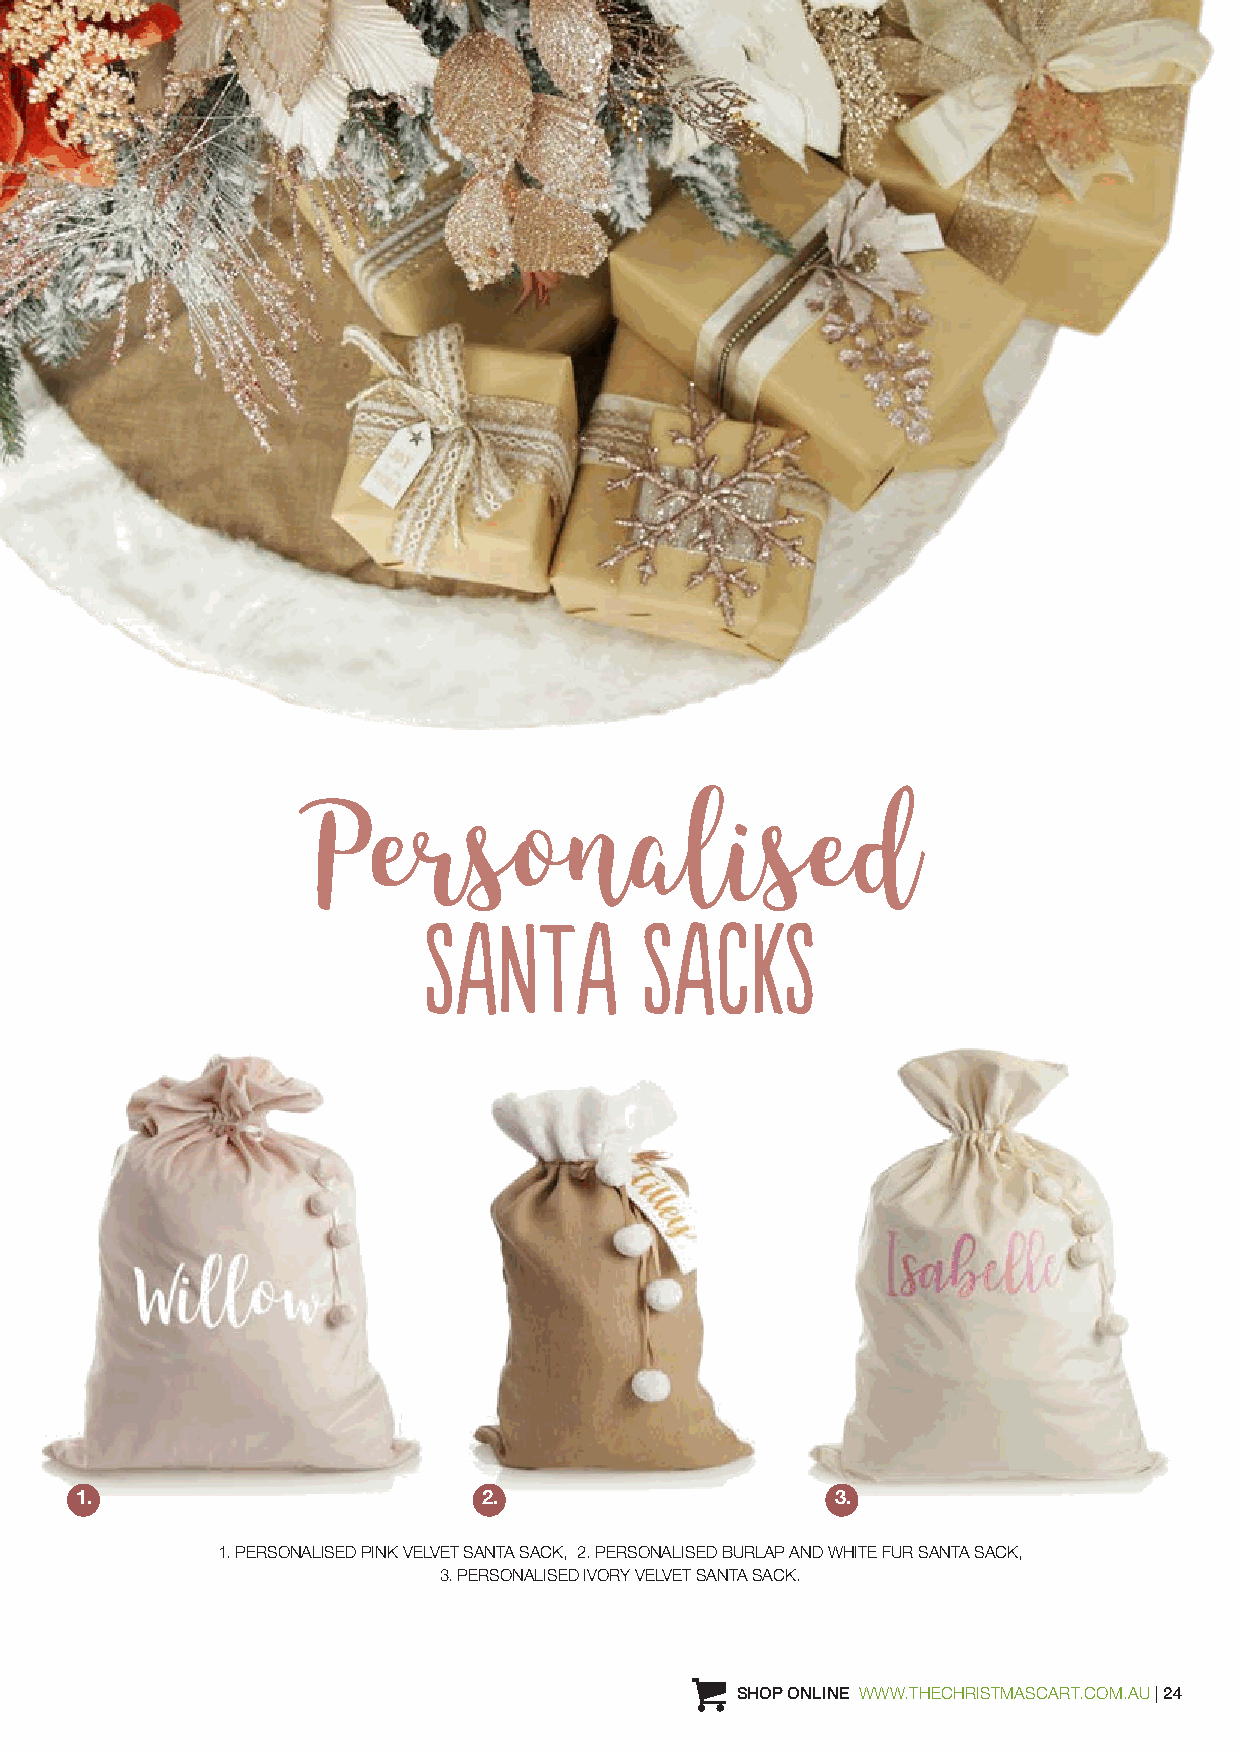
Personalised
 Burlap & Fur Tree Skirt
 SANTA         SACKS
 1.                         2.                     3.
 1. PERSONALISED PINK VELVET SANTA SACK, 2. PERSONALISED BURLAP AND WHITE FUR SANTA SACK,
 3. PERSONALISED IVORY VELVET SANTA SACK.
 PERSONALISED JUTE MERRY CHRISTMAS HOLLY SACK SHOP ONLINE WWW.THECHRISTMASCART.COM.AU | 24